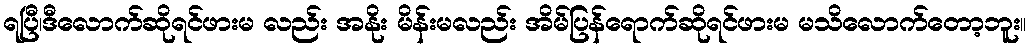
ရပြီ၊ဒီလောက်ဆိုရင်ဖားမ လည်း အနိုး မိန်းမလည်း အိမ်ပြန်ရောက်ဆိုရင်ဖားမ မသိလောက်တော့ဘူး။